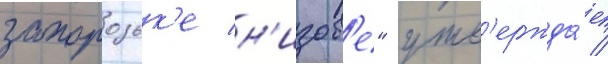
запорозьк'е н'изов'е" утв'ержда́ет /